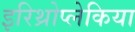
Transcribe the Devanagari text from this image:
इरिथ्रोप्लेकिया